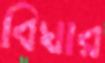
বিঘার